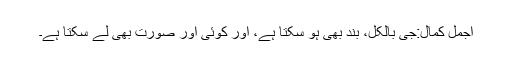
اجمل کمال:جی بالکل، بند بھی ہو سکتا ہے، اور کوئی اور صورت بھی لے سکتا ہے۔